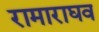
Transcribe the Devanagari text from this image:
रामाराघव